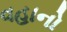
વહાનો